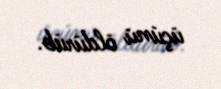
üçünü öldürüb.